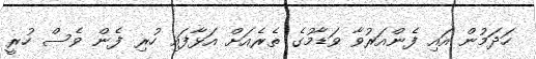
ހަދަމުން އައި ފެންއަރުވާ ވަޑާމުގެ ތެރެއަށް އަޅާފައި ހުރި ފެން ވެސް ހުރީ